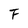
Character: F